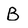
Character: B